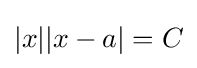
|x||x-a|=C